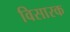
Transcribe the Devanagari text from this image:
विसारक